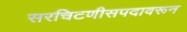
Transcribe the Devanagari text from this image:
सरचिटणीसपदावरून